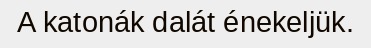
A katonák dalát énekeljük.